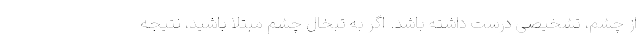
از چشم، تشخیصی درست داشته باشد. اگر به تبخال چشم مبتلا باشید، نتیجه